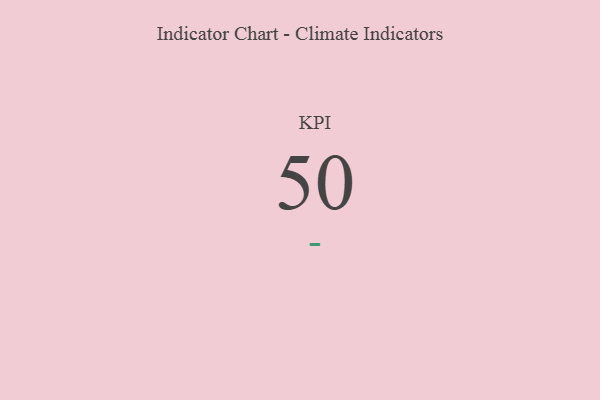
{"axis": {"x": "KPI", "y": "Value"}, "legend": [""], "data": [{"x": "KPI", "y": 50, "type": ""}]}